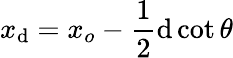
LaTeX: x_{\mathrm{d}}=x_{o}-\frac{{1}}{{2}}\mathrm{d}\cot{\theta}